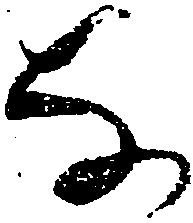
な